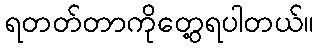
ရတတ်တာကိုတွေ့ရပါတယ်။